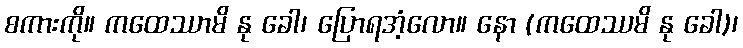
စကားကို။ ကထေဿာမိ နု ခေါ၊ ပြောရအံ့လော။ နော (ကထေဿမိ နု ခေါ)၊